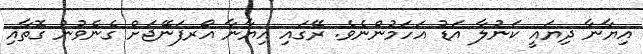
އިޔާނާ ދިޔައީ ކަނުލާ އަޑު އަހަމުންނެވެ. ރޭގައި އިޔާނާ އޯރފަނޭޖަށް ގެނެވުނު ގޮތާއި